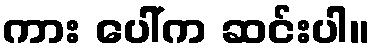
ကား ပေါ်က ဆင်းပါ။